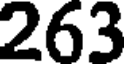
263